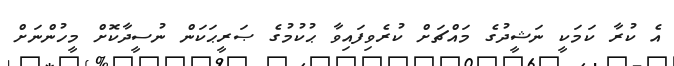
އެ ކުރާ ކަމަކީ ނަޝީދުގެ މައްޗަށް ކުރެވިފައިވާ ޙުކުމުގެ ޞަރީޙަކަން ނުސީދާކޮށް މީހުންނަށް